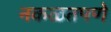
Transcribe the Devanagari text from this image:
नकळतपणे